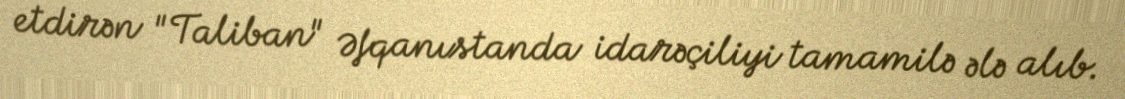
etdirən "Taliban" Əfqanıstanda idarəçiliyi tamamilə ələ alıb.